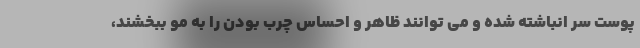
پوست سر انباشته شده و می توانند ظاهر و احساس چرب بودن را به مو ببخشند،